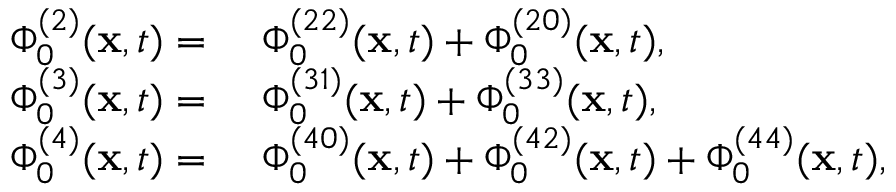
\begin{array} { r l } { \Phi _ { 0 } ^ { ( 2 ) } ( \mathbf { x } , t ) = ~ } & { \Phi _ { 0 } ^ { ( 2 2 ) } ( \mathbf { x } , t ) + \Phi _ { 0 } ^ { ( 2 0 ) } ( \mathbf { x } , t ) , } \\ { \Phi _ { 0 } ^ { ( 3 ) } ( \mathbf { x } , t ) = ~ } & { \Phi _ { 0 } ^ { ( 3 1 ) } ( \mathbf { x } , t ) + \Phi _ { 0 } ^ { ( 3 3 ) } ( \mathbf { x } , t ) , } \\ { \Phi _ { 0 } ^ { ( 4 ) } ( \mathbf { x } , t ) = ~ } & { \Phi _ { 0 } ^ { ( 4 0 ) } ( \mathbf { x } , t ) + \Phi _ { 0 } ^ { ( 4 2 ) } ( \mathbf { x } , t ) + \Phi _ { 0 } ^ { ( 4 4 ) } ( \mathbf { x } , t ) , } \end{array}